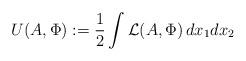
LaTeX: \begin{align*}U(A,\Phi):=\frac{1}{2}\int\mathcal{L}(A,\Phi)\,dx_1dx_2\end{align*}